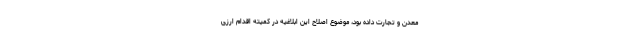
معدن و تجارت داده بود، موضوع اصلاح این ابلاغیه در کمیته اقدام ارزی